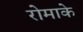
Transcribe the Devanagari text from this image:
रोमाके